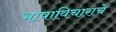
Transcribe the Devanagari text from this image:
भाषाविचाराचे